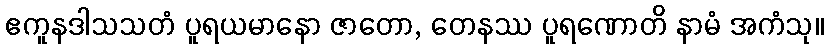
ဧကူနဒါသသတံ ပူရယမာနော ဇာတော, တေနဿ ပူရဏောတိ နာမံ အကံသု။